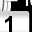
Digit: 1